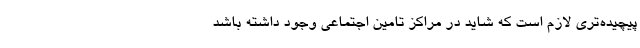
پیچیده‌تری لازم است که شاید در مراکز تامین اجتماعی وجود داشته باشد